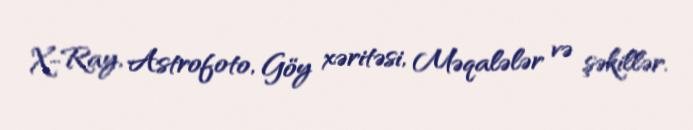
X-Ray, Astrofoto, Göy xəritəsi, Məqalələr və şəkillər.